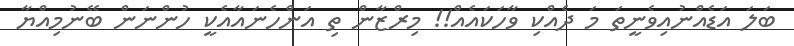
ބަލަ އަޑެއްނުއިވެނީތަ މަ ދެއްކި ވާހަކައެއް!! މިރްޒާން ތި އަންހެނައާއެކީ ހުންނަން ބޭނުމިއްޔާ